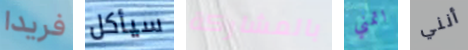
فريدا سيأكل بالمشاركة اتمني أنني